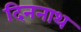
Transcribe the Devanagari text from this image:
दिननाथ